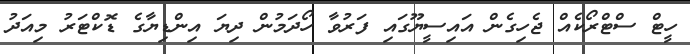
ހީޓް ސްޓްރޯކެއް ޖެހިގެން އައިސީޔޫގައި ފަރުވާ ހޯދަމުން ދިޔަ އިންޑިޔާގެ ޑޮކްޓަރު މިއަދު